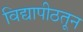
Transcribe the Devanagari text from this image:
विद्यापीठतून